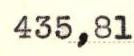
435,81